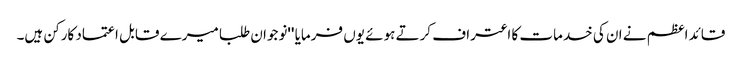
قائد اعظم نے ان کی خدمات کا اعتراف کرتے ہوئے یوں فرمایا ''نوجوان طلبا میرے قابل اعتماد کارکن ہیں۔